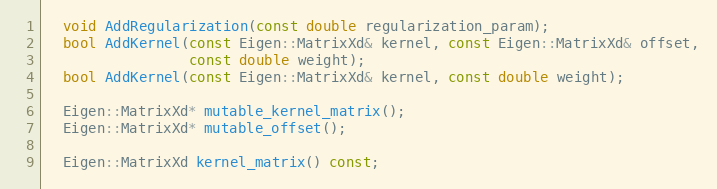
Language: C
  void AddRegularization(const double regularization_param);
  bool AddKernel(const Eigen::MatrixXd& kernel, const Eigen::MatrixXd& offset,
                 const double weight);
  bool AddKernel(const Eigen::MatrixXd& kernel, const double weight);

  Eigen::MatrixXd* mutable_kernel_matrix();
  Eigen::MatrixXd* mutable_offset();

  Eigen::MatrixXd kernel_matrix() const;